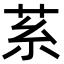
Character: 䒺